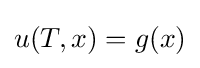
u(T,x)=g(x)